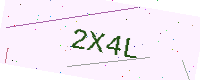
Text: 2X4L